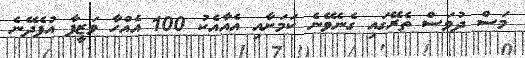
މަސް ދުވަސް ތެރޭގައި ގެނެވޭނެ ކަމަށާއި އެއާއެކު 100 އެއްހާ ވަޒީފާ އުފެދޭނެ